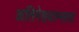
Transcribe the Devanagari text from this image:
अतिमेहयाम्लता